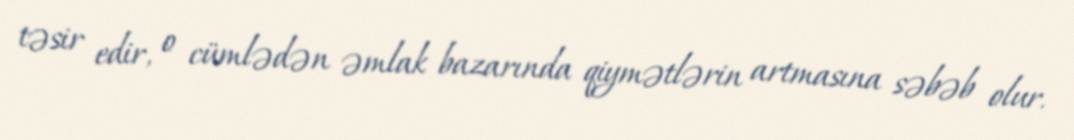
təsir edir, o cümlədən əmlak bazarında qiymətlərin artmasına səbəb olur.